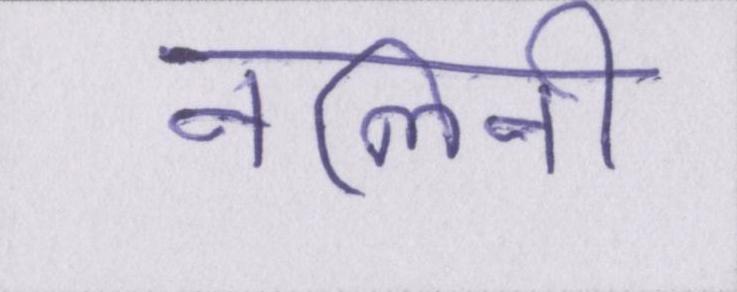
नलिनी